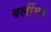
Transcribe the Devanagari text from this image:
बर्लीमन